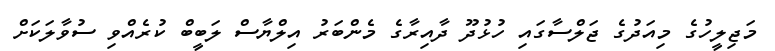
މަޖިލީހުގެ މިއަދުގެ ޖަލްސާގައި ހުޅުދޫ ދާއިރާގެ މެންބަރު އިލްޔާސް ލަބީބް ކުރެއްވި ސުވާލަކަށް